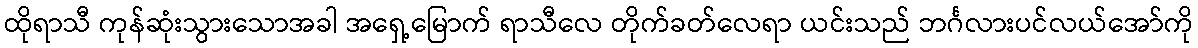
ထိုရာသီ ကုန်ဆုံးသွားသောအခါ အရှေ့မြောက် ရာသီလေ တိုက်ခတ်လေရာ ယင်းသည် ဘင်္ဂလားပင်လယ်အော်ကို